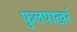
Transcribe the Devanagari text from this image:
फुलपाखरं